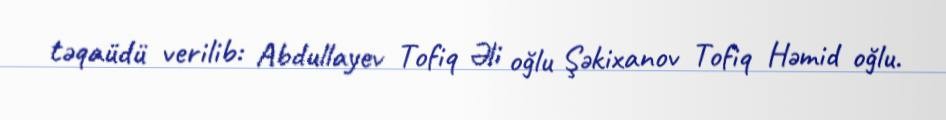
təqaüdü verilib: Abdullayev Tofiq Əli oğlu Şəkixanov Tofiq Həmid oğlu.